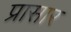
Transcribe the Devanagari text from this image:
प्रासार